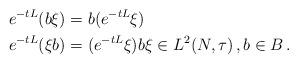
LaTeX: \begin{align*}e^{-tL}(b\xi)&=b(e^{-tL}\xi) \\e^{-tL}(\xi b)&=(e^{-tL}\xi)b\xi\in L^2(N,\tau)\, ,b\in B\, . \\\end{align*}